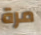
مرة